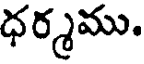
ధర్మము.